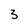
Character: 3